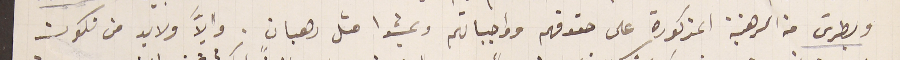
وبطرسَ من الرهنبة المذكورة على حقوقهم وواجباتهم ويمشوا متل رهبان. والاَّ ولابد من نكون